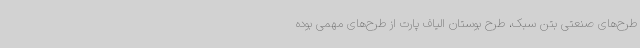
طرح‌های صنعتی بتن سبک، طرح بوستان الیاف پارت از طرح‌های مهمی بوده